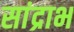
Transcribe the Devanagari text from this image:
सांद्राभ